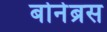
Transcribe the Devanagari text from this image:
बोनेब्रस